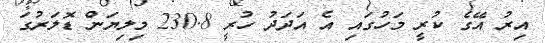
އިރު އޭގެ ކުރީ މަހުގައި އެ އަދަދު ހުރީ 230.8 މިލިޔަން ޑޮލަރުގަ